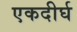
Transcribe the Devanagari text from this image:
एकदीर्घ